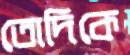
তোদিকে